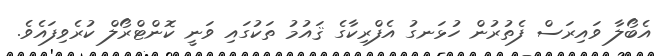
އެބޯލާ ވައިރަސް ފެތުރުން ހުޅަނގު އެފްރިކާގެ ޤައުމު ތަކުގައި ވަނީ ކޮންޓްރޯލް ކުރެވިފައެވެ.